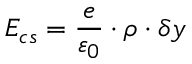
E _ { c s } = \frac { e } { \varepsilon _ { 0 } } \cdot \rho \cdot \delta y